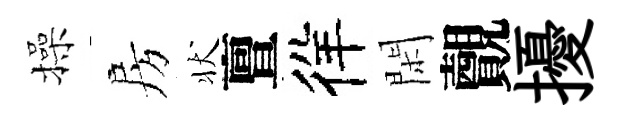
操房状亶徉閑覿擾